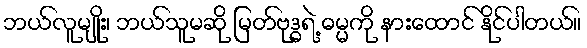
ဘယ်လူမျိုး၊ ဘယ်သူမဆို မြတ်ဗုဒ္ဓရဲ့ ဓမ္မကို နားထောင် နိုင်ပါတယ်။